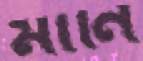
মানি